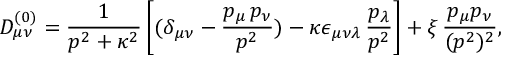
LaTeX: D _ { \mu \nu } ^ { ( 0 ) } = \frac { 1 } { p ^ { 2 } + \kappa ^ { 2 } } \left[ ( \delta _ { \mu \nu } - \frac { p _ { \mu } \, p _ { \nu } } { p ^ { 2 } } ) - \kappa \epsilon _ { \mu \nu \lambda } \, { \frac { p _ { \lambda } } { p ^ { 2 } } } \right] + \xi \, \frac { p _ { \mu } p _ { \nu } } { ( p ^ { 2 } ) ^ { 2 } } ,